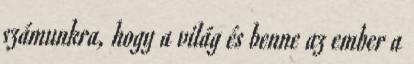
számunkra, hogy a világ és benne az ember a